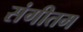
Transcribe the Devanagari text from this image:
संगीतम